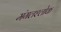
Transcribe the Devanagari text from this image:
मंगलश्लोक